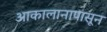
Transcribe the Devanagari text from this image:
आकालानापासून